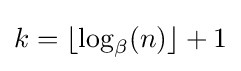
k=\lfloor \log _{\beta }(n)\rfloor +1